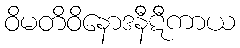
ဝိမတိဝိနောဒနီဋီကာယ